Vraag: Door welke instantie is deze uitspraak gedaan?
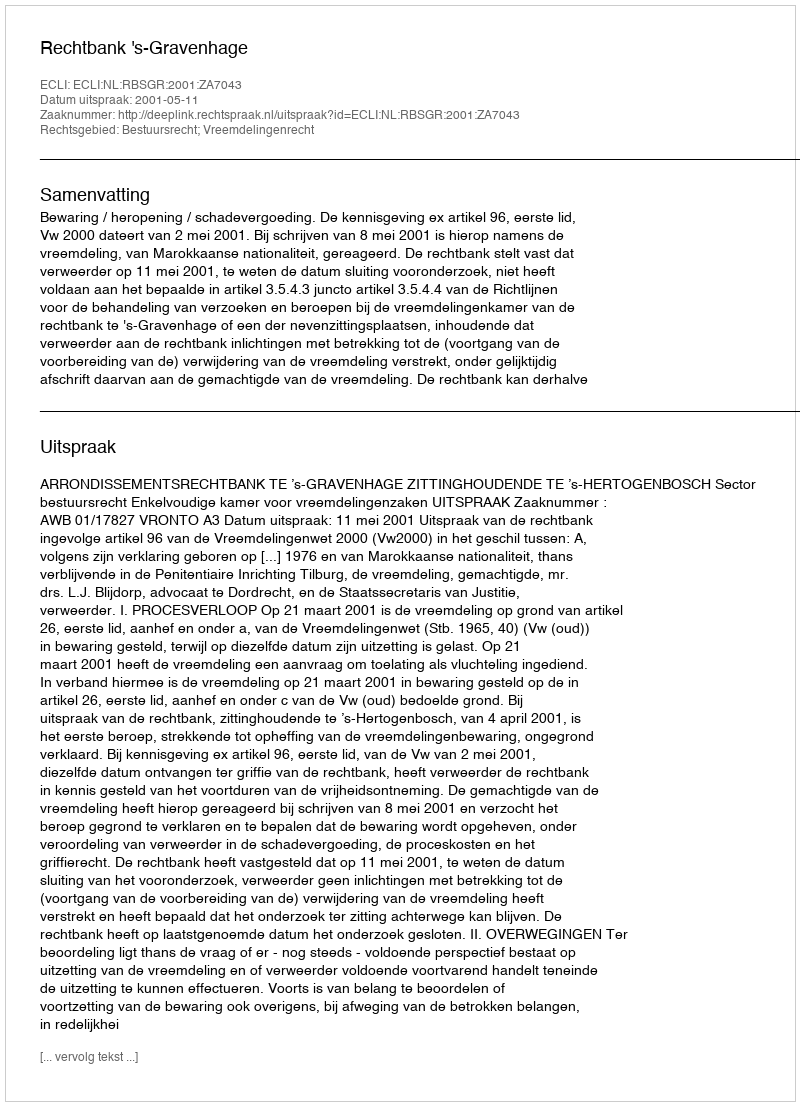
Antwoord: Rechtbank 's-Gravenhage